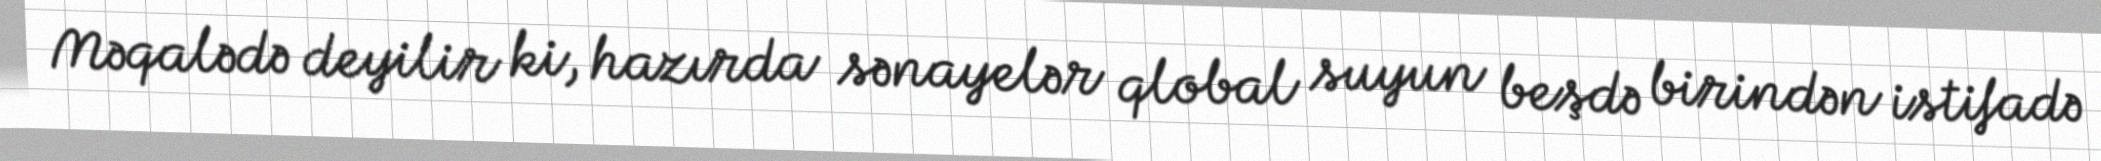
Məqalədə deyilir ki, hazırda sənayelər qlobal suyun beşdə birindən istifadə